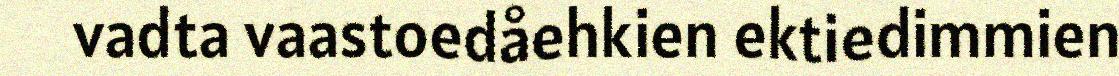
vadta vaastoedåehkien ektiedimmien